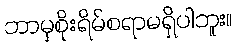
ဘာမှစိုးရိမ်စရာမရှိပါဘူး။